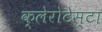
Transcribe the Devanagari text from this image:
क्लेरोटेस्टा